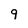
Character: 9